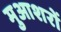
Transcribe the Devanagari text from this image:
मुआशरों